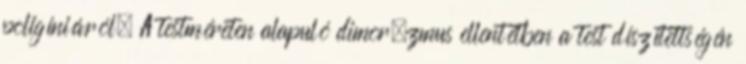
poligíniáról. A testméreten alapuló dimorﬁzmus ellentétben a test díszítettségén